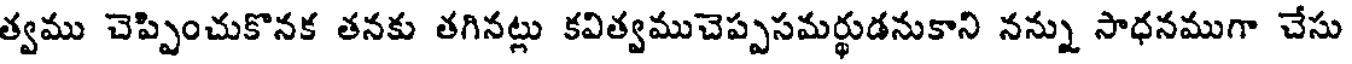
త్వము చెప్పించుకొనక తనకు తగినట్లు కవిత్వముచెప్పసమర్థుడనుకాని నన్ను సాధనముగా చేసు